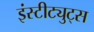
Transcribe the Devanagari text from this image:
इंस्टीट्युट्स